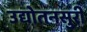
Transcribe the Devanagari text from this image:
उद्योतनसुरी